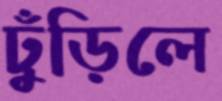
ঢুঁড়িলে